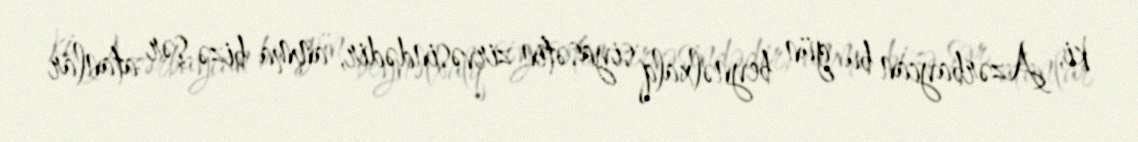
ki, Azərbaycan bu gün beynəlxalq siyasətin zirvəsindədir, amma bizə şər atanlar